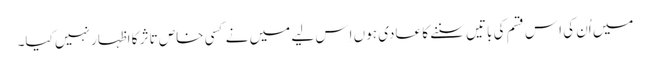
میں اُن کی اِس قسم کی باتیں سننے کا عادی ہوں اِس لیے میں نے کسی خاص تاثر کا اظہار نہیں کیا۔